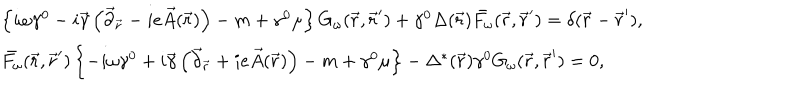
\begin{array} { l } { { \left\{ i \omega \gamma ^ { 0 } - i \vec { \gamma } \left( \vec { \partial } _ { \vec { r } } - i e \vec { A } ( \vec { r } ) \right) - m + \gamma ^ { 0 } \mu \right\} G _ { \omega } ( \vec { r } , \vec { r } ^ { \prime } ) + \gamma ^ { 0 } \Delta ( \vec { r } ) \bar { F _ { \omega } } ( \vec { r } , \vec { r } ^ { \prime } ) = \delta ( \vec { r } - \vec { r } ^ { \prime } ) , } } \\ { { \bar { F _ { \omega } } ( \vec { r } , \vec { r } ^ { \prime } ) \left\{ - i \omega \gamma ^ { 0 } + i \vec { \gamma } \left( \vec { \partial } _ { \vec { r } } + i e \vec { A } ( \vec { r } ) \right) - m + \gamma ^ { 0 } \mu \right\} - \Delta ^ { * } ( \vec { r } ) \gamma ^ { 0 } G _ { \omega } ( \vec { r } , \vec { r } ^ { \prime } ) = 0 , } } \\ \end{array}